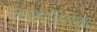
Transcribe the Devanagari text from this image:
बुकक्रॉर्सिंगपेक्षा